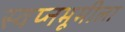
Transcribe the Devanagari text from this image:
स्वप्नभूमीला